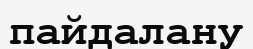
пайдалану